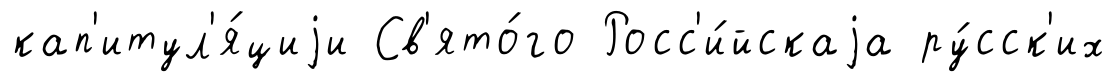
кап'итул'я́циjи Св'ято́го Росс'и́йскаjа ру́сск'их